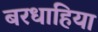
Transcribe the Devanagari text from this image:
बरधाहिया